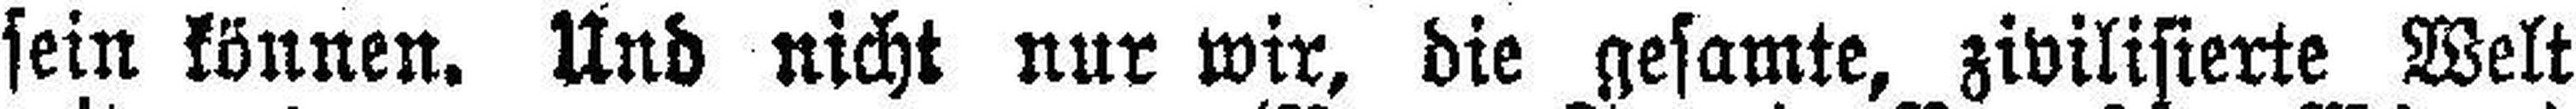
sein können. Und nicht nur wir, die gesamte, zivilisierte Welt